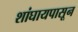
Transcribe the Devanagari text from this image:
शांघायपासून